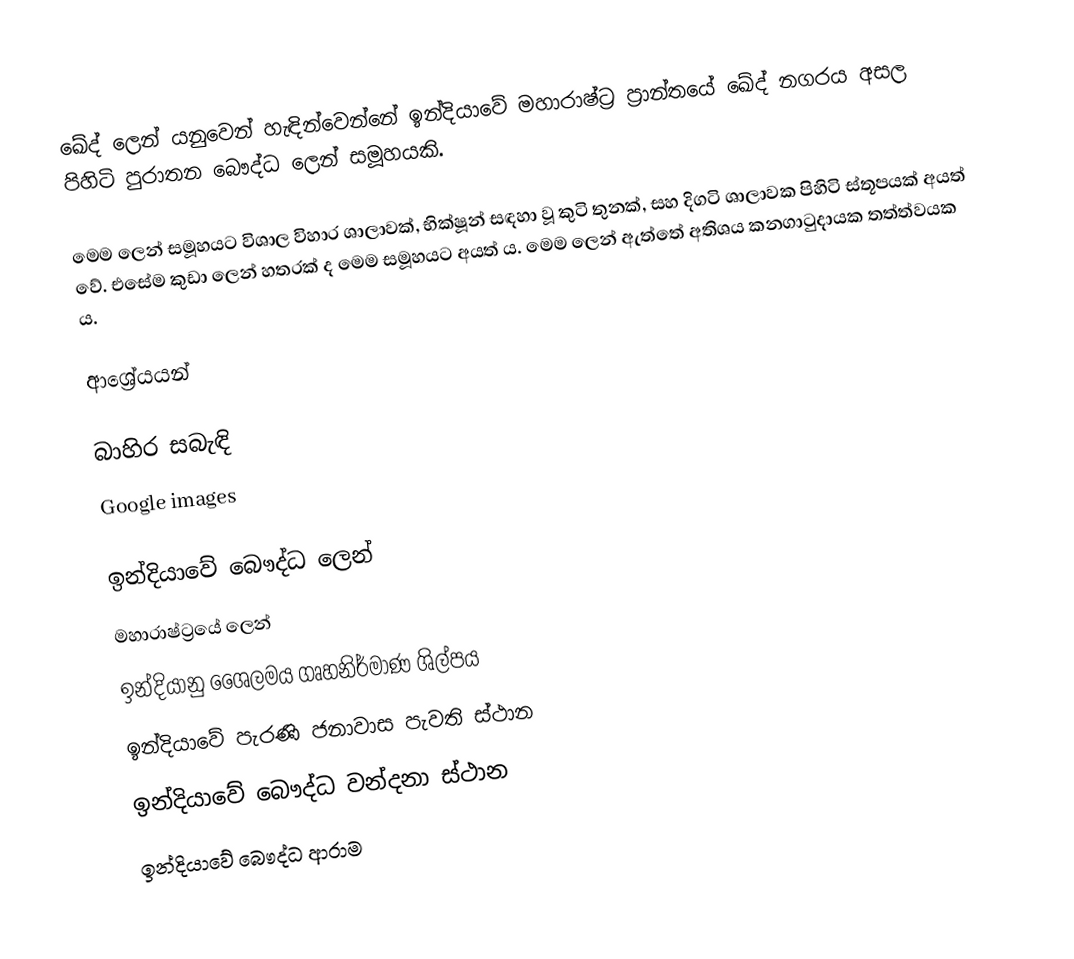
ඛේද් ලෙන් යනුවෙන් හැඳින්වෙන්නේ ඉන්දියාවේ මහාරාෂ්ට්‍ර ප්‍රාන්තයේ ඛේද් නගරය අසල පිහිටි පුරාතන බෞද්ධ ලෙන් සමූහයකි.

මෙම ලෙන් සමූහයට විශාල විහාර ශාලාවක්, භික්ෂූන් සඳහා වූ කුටි තුනක්, සහ දිගටි ශාලාවක පිහිටි ස්තූපයක් අයත් වේ. එසේම කුඩා ලෙන් හතරක් ද මෙම සමූහයට අයත් ය. මෙම ලෙන් ඇත්තේ අතිශය කනගාටුදායක තත්ත්වයක ය.

ආශ්‍රේයයන්

බාහිර සබැඳි
 Google images

ඉන්දියාවේ බෞද්ධ ලෙන්
මහාරාෂ්ට්‍රයේ ලෙන්
ඉන්දියානු ශෛලමය ගෘහනිර්මාණ ශිල්පය
ඉන්දියාවේ පැරණි ජනාවාස පැවති ස්ථාන
ඉන්දියාවේ බෞද්ධ වන්දනා ස්ථාන
ඉන්දියාවේ බෞද්ධ ආරාම